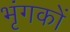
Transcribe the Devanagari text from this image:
भृंगकों